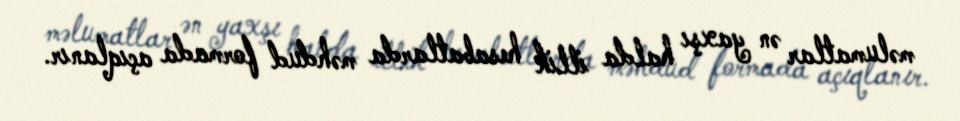
məlumatlar ən yaxşı halda illik hesabatlarda məhdud formada açıqlanır.